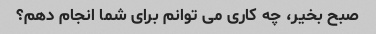
صبح بخیر، چه کاری می توانم برای شما انجام دهم؟